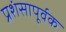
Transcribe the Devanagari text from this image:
प्रशंसापूर्वक